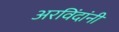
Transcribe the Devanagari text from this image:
अरविंदांनी